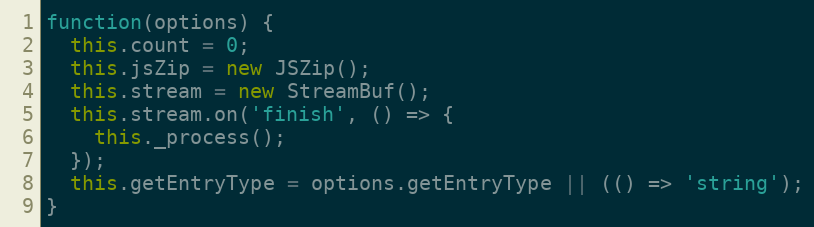
Language: JavaScript
function(options) {
  this.count = 0;
  this.jsZip = new JSZip();
  this.stream = new StreamBuf();
  this.stream.on('finish', () => {
    this._process();
  });
  this.getEntryType = options.getEntryType || (() => 'string');
}